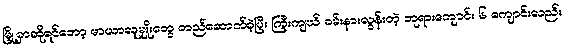
မြို့မှာဆိုရင်တော့ မာယာလူမျိုးတွေ တည်ဆောက်ခဲ့ပြီး ကြီးကျယ် ခမ်းနားလွန်းတဲ့ ဘုရားကျောင်း ၆ ကျောင်းလည်း